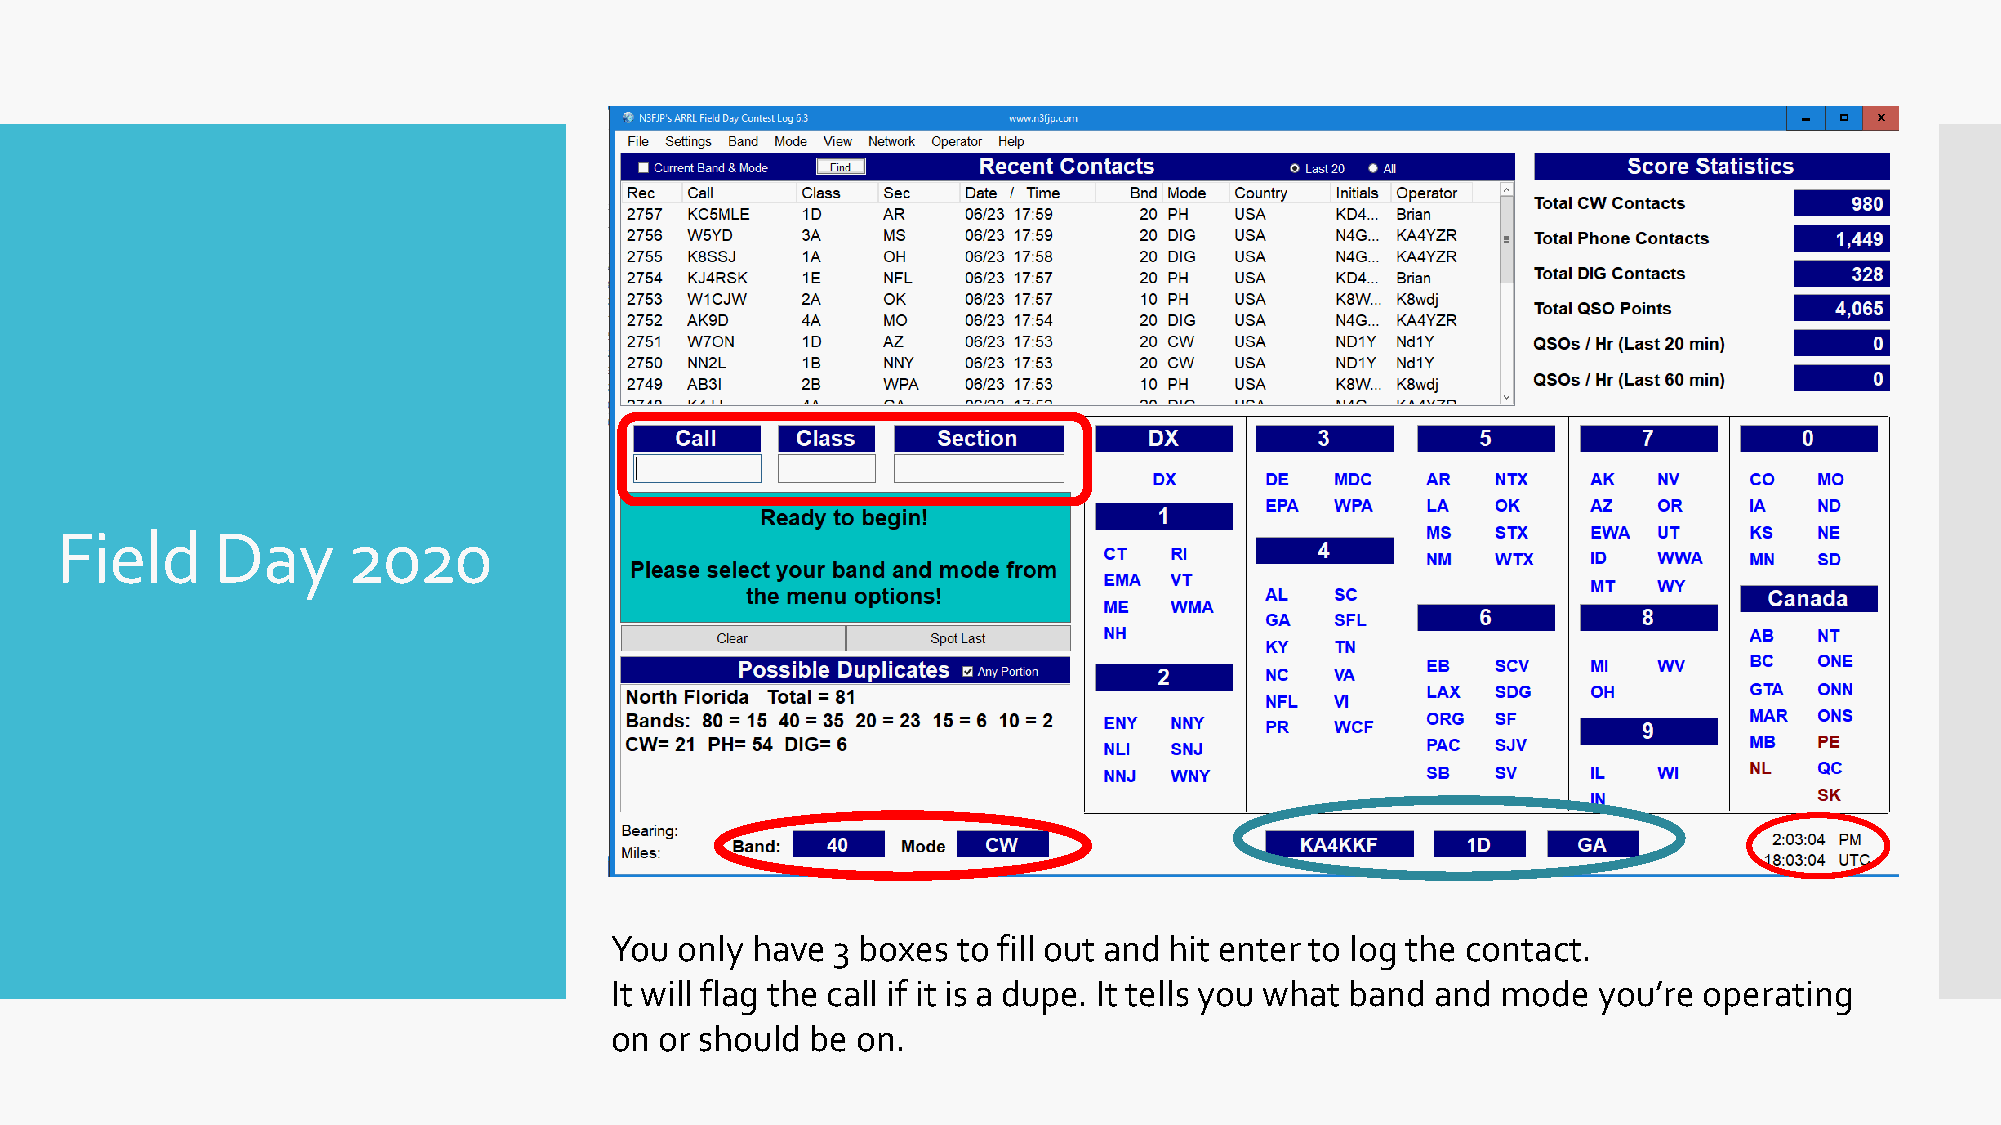
Field     Day      2020
 You  only have 3 boxes to fill out and hit enter to log the contact.
 It will flag the call if it is a dupe. It tells you what band and mode you’re operating
 on  or should be on.